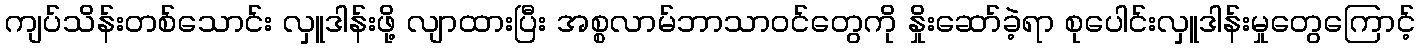
ကျပ်သိန်းတစ်သောင်း လှူဒါန်းဖို့ လျာထားပြီး အစ္စလာမ်ဘာသာဝင်တွေကို နှိုးဆော်ခဲ့ရာ စုပေါင်းလှူဒါန်းမှုတွေကြောင့်